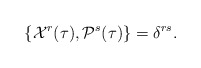
\begin{align*}\{{\cal X}^r(\tau),{\cal P}^s(\tau)\}=\delta^{rs}. \end{align*}